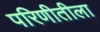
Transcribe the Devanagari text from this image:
परिणीतीला